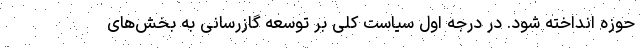
حوزه انداخته شود. در درجه اول سیاست کلی بر توسعه گازرسانی به بخش‌های